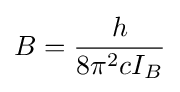
B={h \over {8\pi ^{2}cI_{B}}}